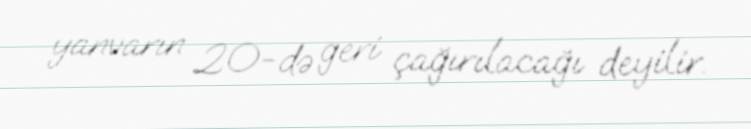
yanvarın 20-də geri çağırılacağı deyilir.